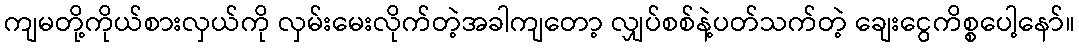
ကျမတို့ကိုယ်စားလှယ်ကို လှမ်းမေးလိုက်တဲ့အခါကျတော့ လျှပ်စစ်နဲ့ပတ်သက်တဲ့ ချေးငွေကိစ္စပေါ့နော်။